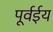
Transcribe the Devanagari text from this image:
पूर्वईय